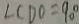
\angle C D O = 9 0 ^ { \circ }